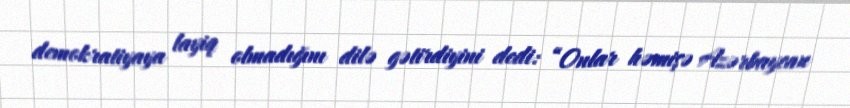
demokratiyaya layiq olmadığını dilə gətirdiyini dedi: “Onlar həmişə Azərbaycan